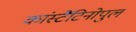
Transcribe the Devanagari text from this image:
कांस्टैंटिनोपुल